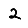
Digit: 2